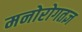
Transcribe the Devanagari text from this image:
मनोरोगतज्ञ